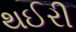
થઈરી